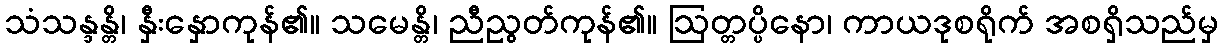
သံသန္ဒန္တိ၊ နှီးနှောကုန်၏။ သမေန္တိ၊ ညီညွတ်ကုန်၏။ ဩတ္တပ္ပိနော၊ ကာယဒုစရိုက် အစရှိသည်မှ